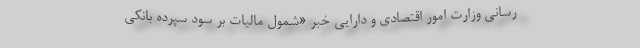
رسانی وزارت امور اقتصادی و دارایی خبر «شمول مالیات بر سود سپرده بانکی